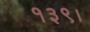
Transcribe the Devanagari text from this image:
१३९।